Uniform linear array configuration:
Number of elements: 32
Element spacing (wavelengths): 0.5
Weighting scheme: exponential
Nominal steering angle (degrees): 15
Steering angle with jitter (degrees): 13.757
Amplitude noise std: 0.05
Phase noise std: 0.05

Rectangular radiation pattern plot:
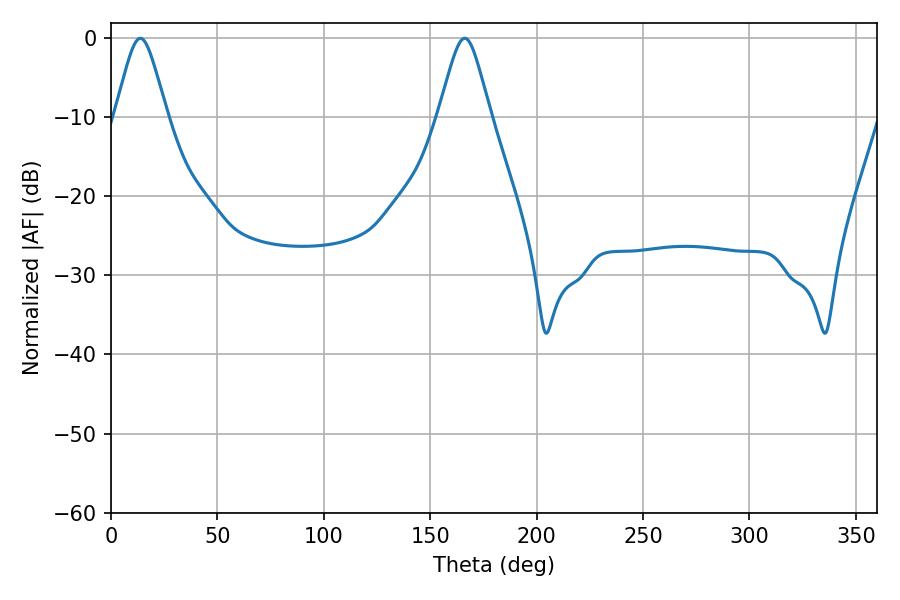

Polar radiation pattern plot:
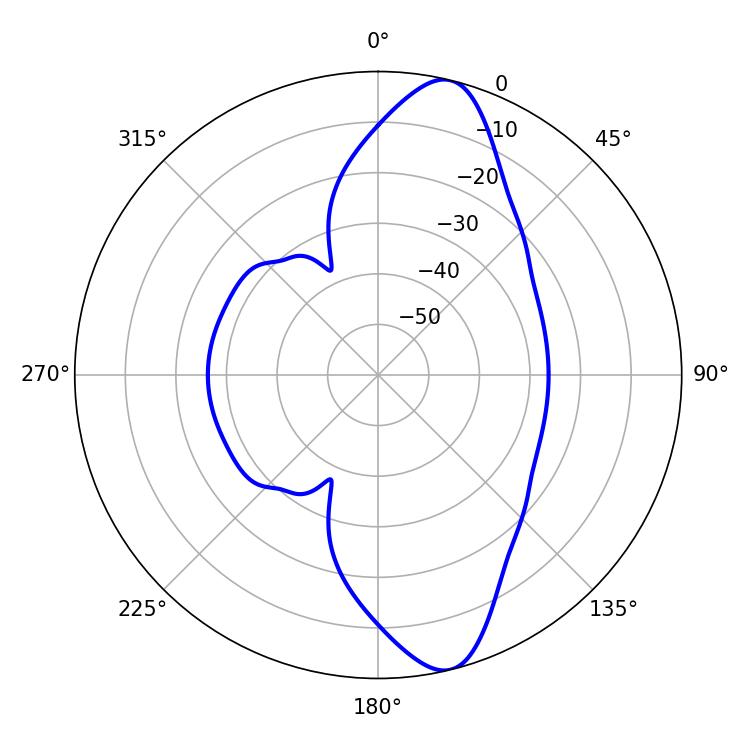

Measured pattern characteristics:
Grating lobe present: FALSE
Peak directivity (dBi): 12.128
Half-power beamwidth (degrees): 11.88
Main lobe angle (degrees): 166.14